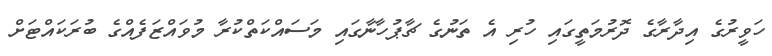
ހަވީރުގެ އިދާރާގެ ދޮރުމަތީގައި ހުރި އެ ތަނުގެ ޗާޕުހާނާގައި މަސައްކަތްކުރާ މުވައްޒަފެއްގެ ބުރަކައްޓަށް